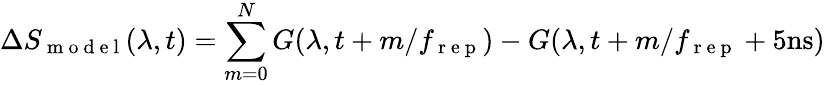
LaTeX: \Delta S_{\mathrm{~m~o~d~e~l~}}(\lambda,t)=\sum_{m=0}^{N}G(\lambda,t+m/f_{\mathrm{~r~e~p~}})-G(\lambda,t+m/f_{\mathrm{~r~e~p~}}+5\textrm{ns})